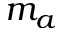
m _ { a }